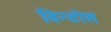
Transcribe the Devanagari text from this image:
विन्डोस